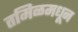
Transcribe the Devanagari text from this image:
तमिळमधून